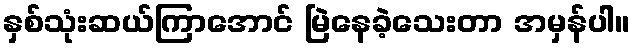
နှစ်သုံးဆယ်ကြာအောင် မြဲနေခဲ့သေးတာ အမှန်ပါ။